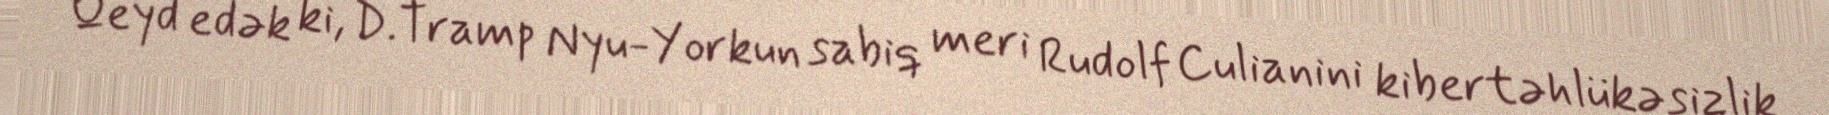
Qeyd edək ki, D.Tramp Nyu-Yorkun sabiq meri Rudolf Culianini kibertəhlükəsizlik